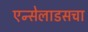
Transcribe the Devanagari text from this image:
एन्सेलाडसचा